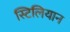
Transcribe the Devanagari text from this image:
स्टिलियान